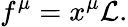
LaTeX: f^{\mu}=x^{\mu}{\mathcal{L}}.